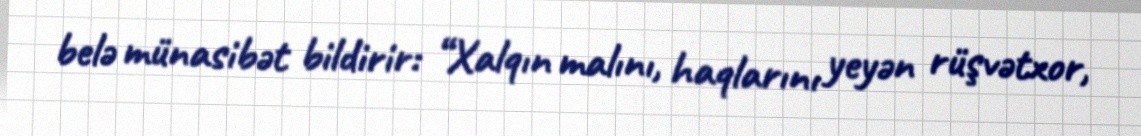
belə münasibət bildirir: “Xalqın malını, haqlarını yeyən rüşvətxor,